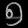
Digit: ၅